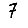
Digit: 7